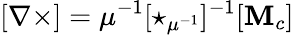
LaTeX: [\mathbf{\nabla\times}]=\mu^{-1}[\star_{\mu^{-1}}]^{-1}[\mathbf{M}_{c}]